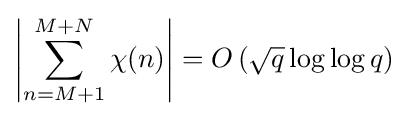
\left|\sum _{n=M+1}^{M+N}\chi (n)\right|=O\left({\sqrt {q}}\log \log q\right)